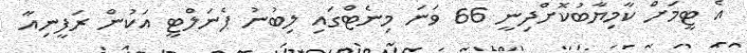
އެ ޓީމަށް ކާމިޔާބުކޮށްދިނީ 66 ވަނަ މިނެޓްގައި ލިބުނު ޕެނަލްޓީ އަކުން ރަފީނިއާ